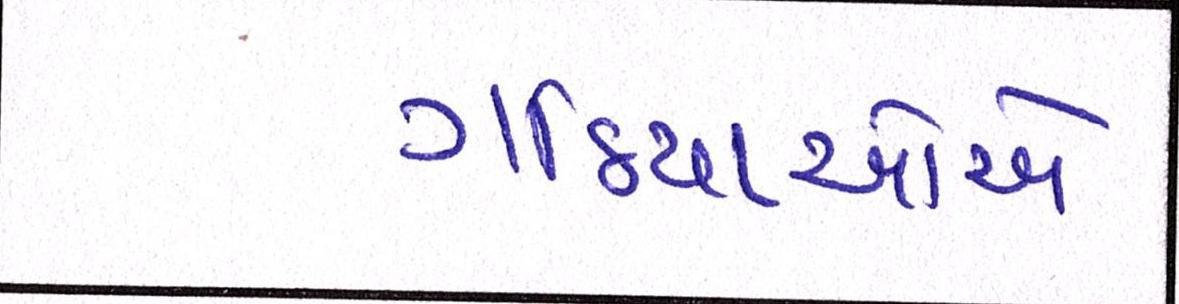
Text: ગઠિયાઓએ